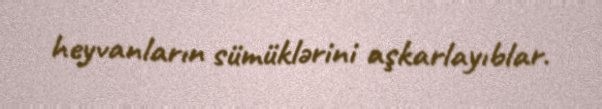
heyvanların sümüklərini aşkarlayıblar.